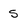
Character: 5